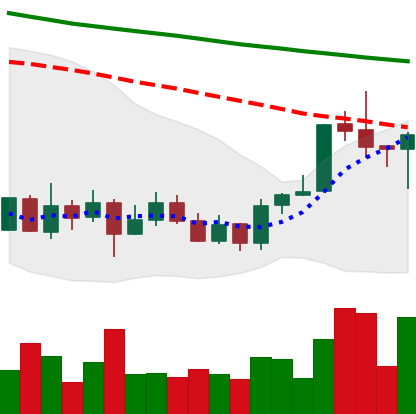
Ticker: ADA-USD
Chart end date: 2020-01-10
Forward return: 15.401%
Label: up_7plus